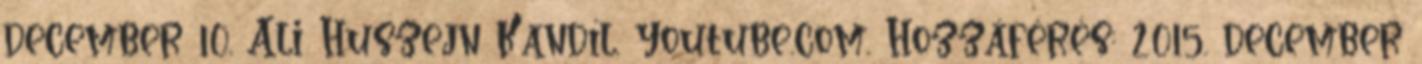
december 10. Ali Huszejn Kandíl. youtube.com. Hozzáférés: 2015. december